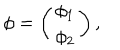
\phi = \left( \begin{array} { c } { { \phi _ { 1 } } } \\ { { \phi _ { 2 } } } \\ \end{array} \right) ,